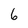
Character: 6